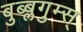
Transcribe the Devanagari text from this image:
बुब्ब्लगुम्स्